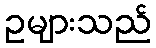
ဥများသည်